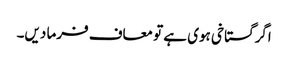
اگر گستاخی ہوی ہے تو معاف فرما دیں۔